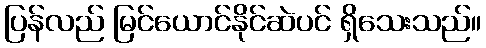
ပြန်လည် မြင်ယောင်နိုင်ဆဲပင် ရှိသေးသည်။